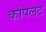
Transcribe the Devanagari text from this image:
कोपलट